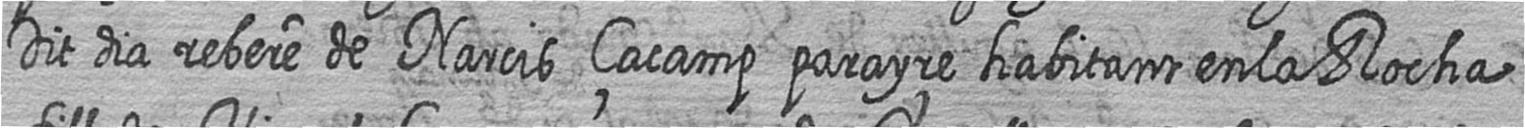
Dit dia rebere de Narcis çacamp parayre habitant en la Rocha